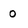
Character: 0